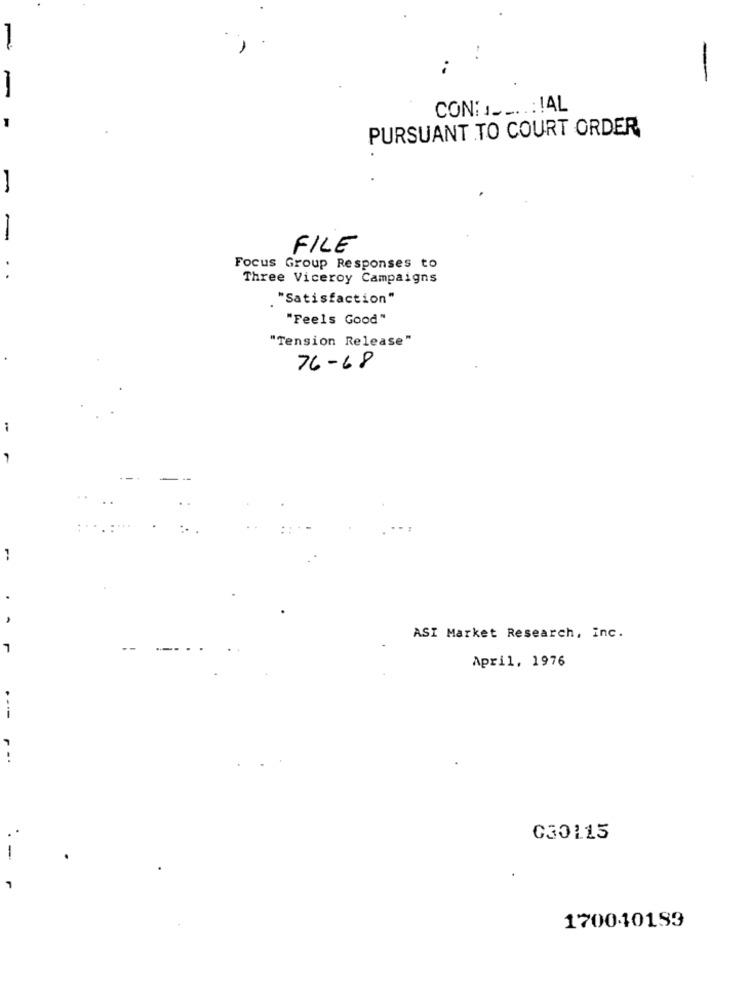
--
-
CON: __..:! AL
PURSUANT TO COURT ORDER
FILE
Focus Group Responses to
Three Viceroy Campaigns
"Satisfaction"
"Feels Good"
"Tension Release"
76-68
ASI Market Research, Inc.
April, 1976
030115
-
170040199